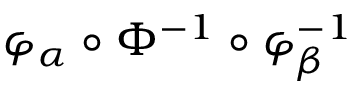
\varphi _ { \alpha } \circ \Phi ^ { - 1 } \circ \varphi _ { \beta } ^ { - 1 }